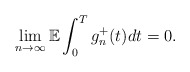
\begin{align*}\lim_{n\rightarrow\infty}\mathbb{E} \int_0^T g_n^{+}(t) dt = 0.\end{align*}